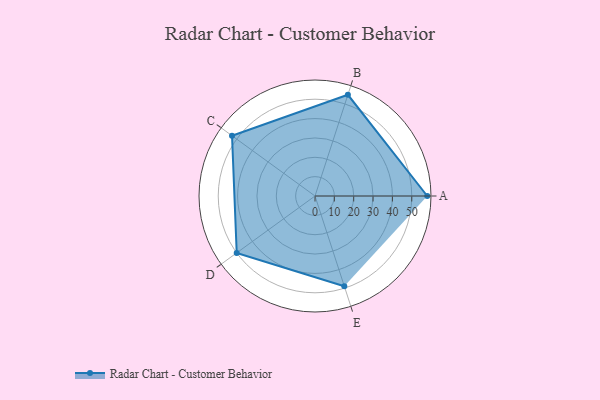
{"axis": {"x": "Skill", "y": "Score"}, "legend": ["Profile"], "data": [{"x": "A", "y": 58.0, "type": "Profile"}, {"x": "B", "y": 55.0, "type": "Profile"}, {"x": "C", "y": 53.0, "type": "Profile"}, {"x": "D", "y": 50.0, "type": "Profile"}, {"x": "E", "y": 49.0, "type": "Profile"}]}